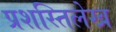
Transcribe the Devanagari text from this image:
प्रशस्तिलेख